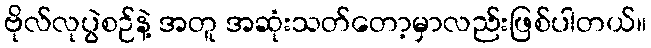
ဗိုလ်လုပွဲစဉ်နဲ့ အတူ အဆုံးသတ်တော့မှာလည်းဖြစ်ပါတယ်။